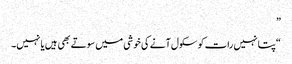
”
“پتا نہیں رات کو سکول آنے کی خوشی میں سوتے بھی ہیں یا نہیں۔